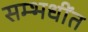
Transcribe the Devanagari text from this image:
सम्भधींत